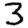
Digit: 3